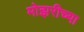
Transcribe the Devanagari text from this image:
मोझरीच्या